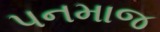
પનમાજ